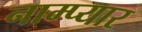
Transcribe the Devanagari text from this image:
नाम्प्यार